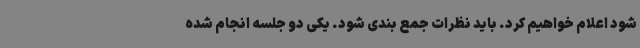
شود اعلام خواهیم کرد. باید نظرات جمع بندی شود. یکی دو جلسه انجام شده